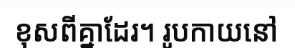
ខុសពីគ្នាដែរ។ រូបកាយនៅ